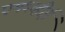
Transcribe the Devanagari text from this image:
एम६व्हीई